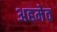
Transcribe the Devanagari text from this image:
अहमेव